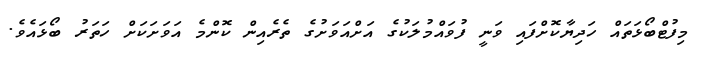
މިފުޓްބޯޅަތައް ހަދިޔާކޮށްފައި ވަނީ ފުވައްމުލަކުގެ އަށްއަވަށުގެ ތެރެއިން ކޮންމެ އަވަށަކަށް ހަތަރު ބޯޅައެވެ.